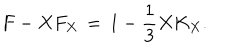
F - X F _ { X } \, = \, 1 - \frac { 1 } { 3 } X K _ { X } .